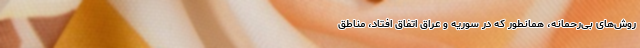
روش‌های بی‌رحمانه، همانطور که در سوریه و عراق اتفاق افتاد، مناطق